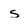
Character: s